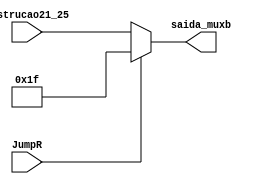
module muxb (Instrucao21_25, JumpR, saida_muxb);

	input [4:0] Instrucao21_25;
	parameter ra = 5'b11111;
	input JumpR;
	
	output reg [4:0] saida_muxb;
	
	always @ (*)
	begin
	
		if (JumpR) saida_muxb = ra;
		else saida_muxb = Instrucao21_25;
		
	end
	


endmodule